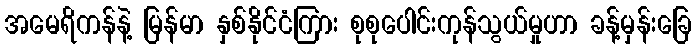
အမေရိကန်နဲ့ မြန်မာ နှစ်နိုင်ငံကြား စုစုပေါင်းကုန်သွယ်မှုဟာ ခန့်မှန်းခြေ